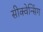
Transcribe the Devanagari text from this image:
सीक्वेन्सिंग